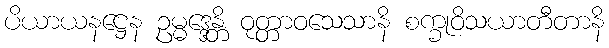
ပိယာယနဋ္ဌေန ဥမ္မဒ္ဒေန္တိ ဝုတ္တာဝသေသာနိ စက္ခုဝိသယာတီတာနိ